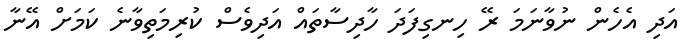
އަދި އެހެން ނުވާނަމަ ރޭ ހިނގިފަދަ ހާދިސާތައް އަދިވެސް ކުރިމަތިވާނެ ކަމަށް އޭނާ